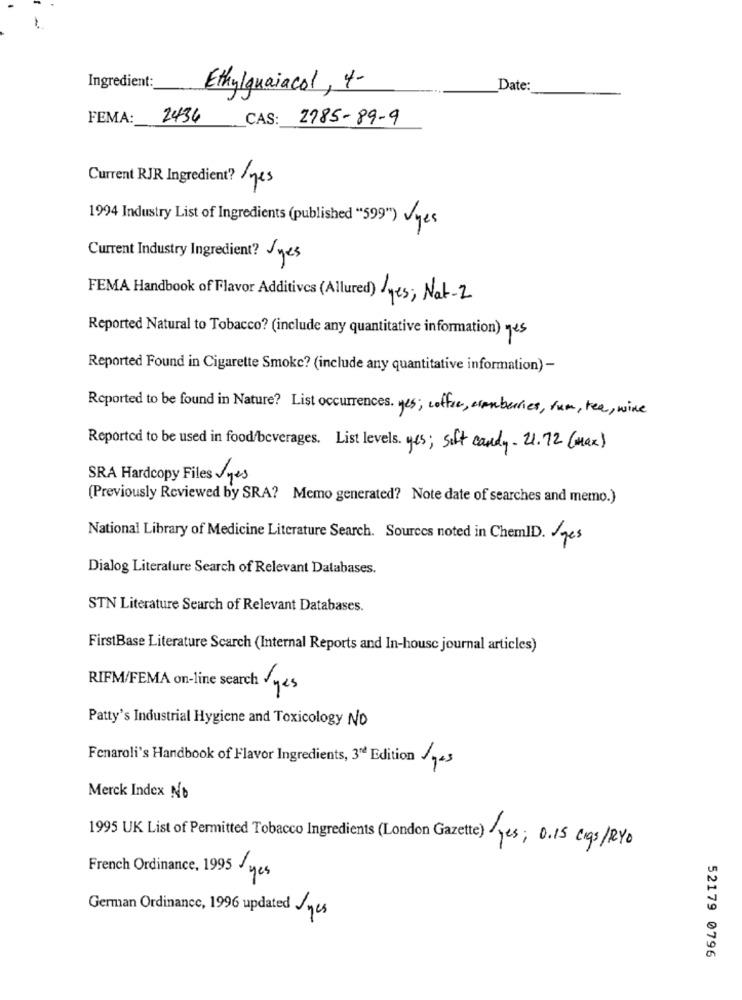
Ingredient:
Ethylquaiacol, 4-
Date:
FEMA :_
2436
CAS: 2785-89-9
Current RJR Ingredient? /yes
1994 Industry List of Ingredients (published "599") Vyes
Current Industry Ingredient? Jyes
FEMA Handbook of Flavor Additives (Allured) yes; Nat-2
Reported Natural to Tobacco? (include any quantitative information) ges
Reported Found in Cigarette Smoke? (include any quantitative information) -
Reported to be found in Nature? List occurrences. yes; coffee, somberries, fum, tea, wine
Reported to be used in food/beverages. List levels. yes; soft candy. 21.72 (Max)
SRA Hardcopy Files yes
(Previously Reviewed by SRA? Memo generated? Note date of searches and memo.)
National Library of Medicine Literature Search. Sources noted in ChemID. Ages
Dialog Literature Search of Relevant Databases.
STN Literature Search of Relevant Databases.
FirstBase Literature Scarch (Internal Reports and In-house journal articles)
RIFM/FEMA on-line search yes
Patty's Industrial Hygiene and Toxicology No
Fenaroli's Handbook of Flavor Ingredients, 3rd Edition Tes
Merck Index No
1995 UK List of Permitted Tobacco Ingredients (London Gazette) yes; 0.15 Cigs/RYO
French Ordinance, 1995 /
yes
German Ordinance, 1996 updated Ayes
52179 0796